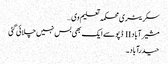
سکریٹری محکمہ تعلیم وی …
مشیرآباد II ڈپو سے ایک بھی بس نہیں چلائی گئی
حیدرآباد۔